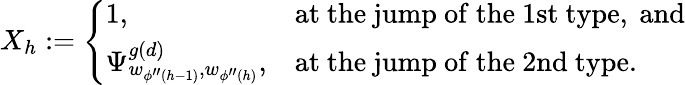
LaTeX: X_{h}:=\left\{ \begin{array}{ll}{{1,}}&{{\mathrm{at~the~jump~of~the~1st~type,~and}}}\\ {{\Psi_{w_{\phi^{\prime\prime}(h-1)},w_{\phi^{\prime\prime}(h)}}^{g(d)},}}&{{\mathrm{at~the~jump~of~the~2nd~type.}}}\end{array}\right.